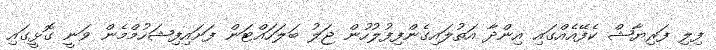
ފިލި ފަރިޔާޝް ކެފޭއެއްގައި އިންދާ އަތުލައިގެންފިފުލުހުން ޖަލު ބަލަހައްޓަން ފަށައިފިޝަހުމްމެން ވަނީ ގޮޅީގައި